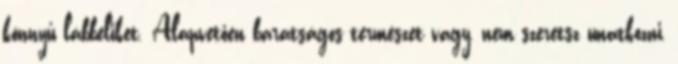
könnyű lábbeliket. Alapvetően barátságos természet vagy, nem szeretsz unatkozni,